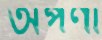
অর্পণা